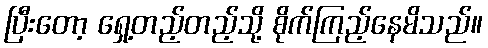
ပြီးတော့ ရှေ့တည့်တည့်သို့ စိုက်ကြည့်နေမိသည်။